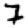
Digit: 7